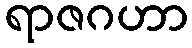
ရာဇဂဟာ